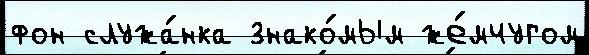
фон служа́нка знако́мым же́мчугом